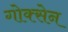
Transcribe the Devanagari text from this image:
गोक्सेन